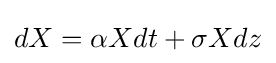
dX=\alpha Xdt+\sigma Xdz